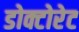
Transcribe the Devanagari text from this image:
डोक्टोरेट